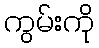
ကွမ်းကို